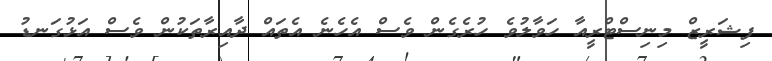
ފިޝަރީޒް މިނިސްޓްރީއާ ހަވާލުވެ ހުރެގެން ވެސް އެހެނެ އެތައް ދާއިރާތަކުން ވެސް އަޅުގަނޑު